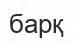
барқ